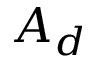
A _ { d }